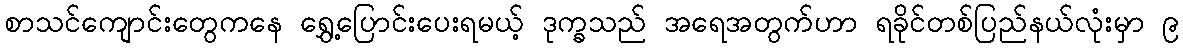
စာသင်ကျောင်းတွေကနေ ရွှေ့ပြောင်းပေးရမယ့် ဒုက္ခသည် အရေအတွက်ဟာ ရခိုင်တစ်ပြည်နယ်လုံးမှာ ၉